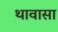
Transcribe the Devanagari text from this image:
थावासा